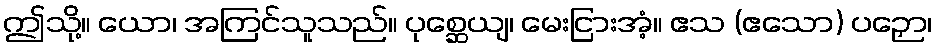
ဤသို့။ ယော၊ အကြင်သူသည်။ ပုစ္ဆေယျ၊ မေးငြားအံ့။ ဧသ (ဧသော) ပဉှော၊